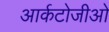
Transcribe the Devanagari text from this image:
आर्कटोजीओ